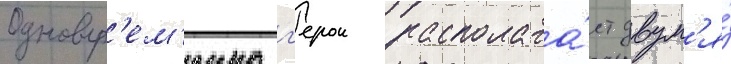
Одновр'ем'енно г'ерои располага́ет двум'я́